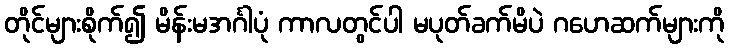
တိုင်များစိုက်၍ မိန်းမအင်္ဂါပုံ ကာလတွင်ပါ မပုတ်ခက်မိပဲ ဂဟေဆက်များကို